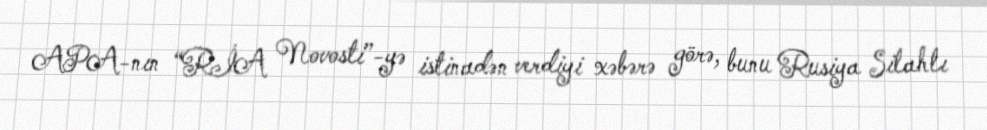
APA-nın “RİA Novosti”-yə istinadən verdiyi xəbərə görə, bunu Rusiya Silahlı